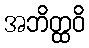
အဘိတ္ထဝိ